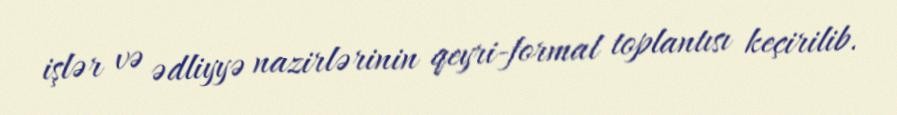
işlər və ədliyyə nazirlərinin qeyri-formal toplantısı keçirilib.